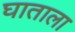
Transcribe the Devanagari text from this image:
घाताला